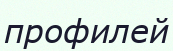
профилей